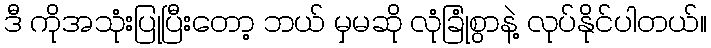
ဒီ ကိုအသုံးပြုပြီးတော့ ဘယ် မှမဆို လုံခြုံစွာနဲ့ လုပ်နိုင်ပါတယ်။